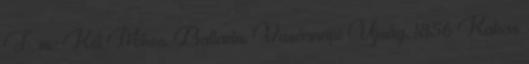
F. m.: Két Mikes. Ballada. Vasárnapi Ujság, 1856 Kakas